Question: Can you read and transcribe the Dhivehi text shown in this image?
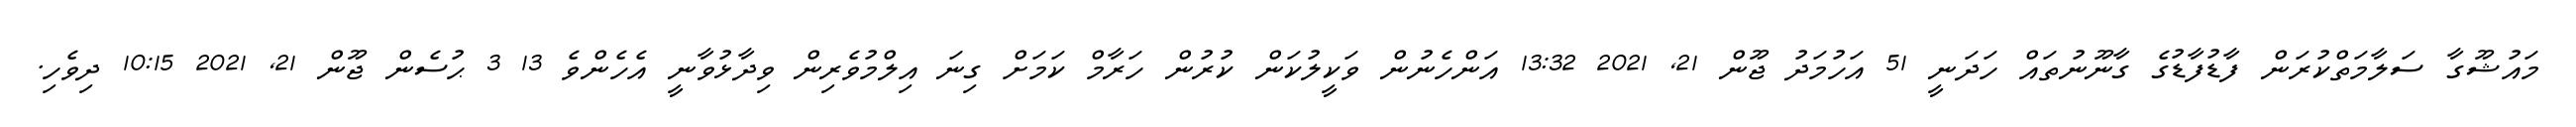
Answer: މައުޝޫގާ ސަލާމަތްކުރަން ފާޑުފާޑުގެ ގާނޫނުތައް ހަދަނީ 51 އަހުމަދު ޖޫން 21, 2021 13:32 އަންހެނުން ވަކީލުކަން ކުރުން ހަރާމް ކަމަށް ގިނަ އިލްމުވެރިން ވިދާޅުވާނީ އެހެންވެ 13 3 ޙުސެން ޖޫން 21, 2021 10:15 ދިވެހި.